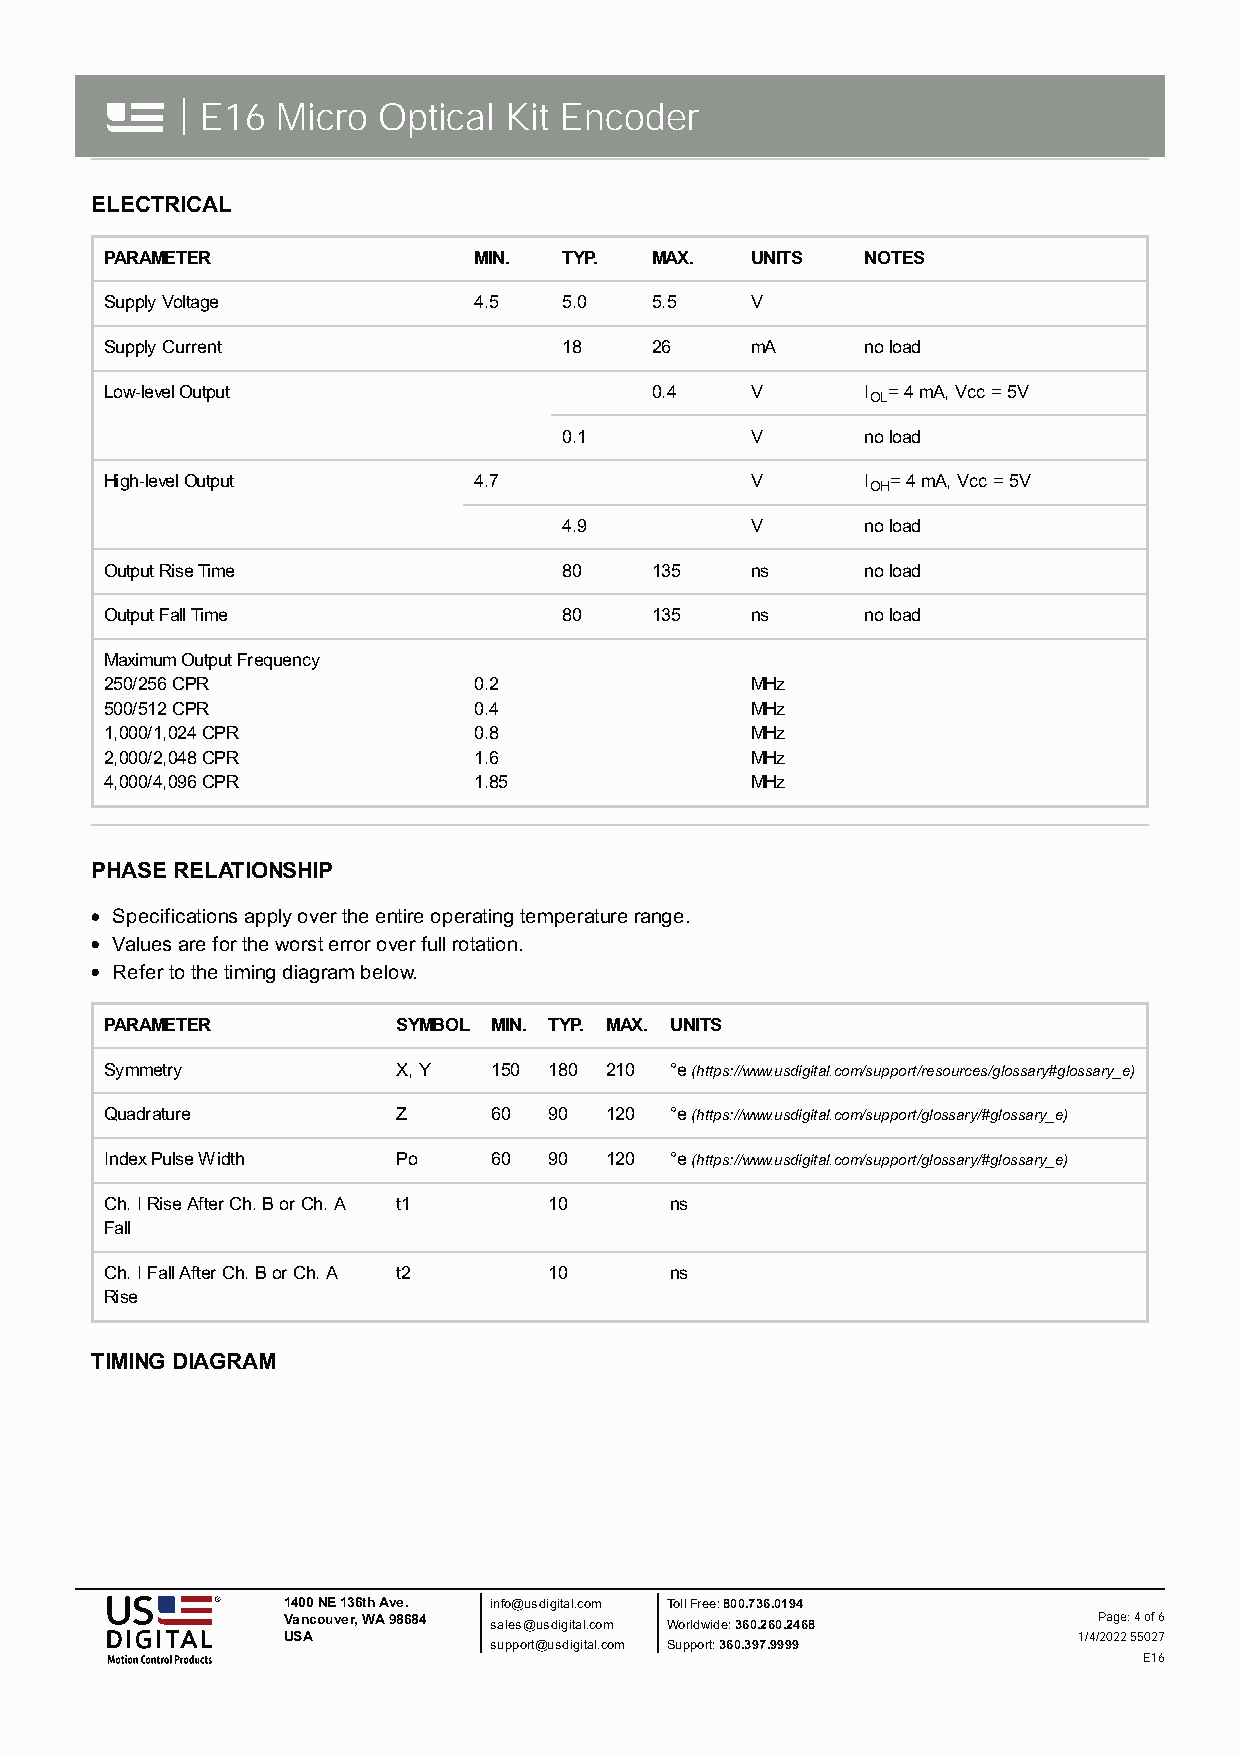
| E16 Micro  Optical Kit Encoder
 ELECTRICAL
 PARAMETER               MIN.  TYP.  MAX.   UNITS  NOTES
 Supply Voltage          4.5   5.0   5.5    V
 Supply Current                18    26     mA     no load
 Low-level Output                    0.4    V      I = 4 mA, Vcc = 5V
 OL
 0.1          V      no load
 High-level Output       4.7                V      I = 4 mA, Vcc = 5V
 OH
 4.9          V      no load
 Output Rise Time              80    135    ns     no load
 Output Fall Time              80    135    ns     no load
 Maximum Output Frequency
 250/256 CPR             0.2                MHz
 500/512 CPR             0.4                MHz
 1,000/1,024 CPR         0.8                MHz
 2,000/2,048 CPR         1.6                MHz
 4,000/4,096 CPR         1.85               MHz
 PHASE RELATIONSHIP
 Specifications apply over the entire operating temperature range.
 Values are for the worst error over full rotation.
 Refer to the timing diagram below.
 PARAMETER          SYMBOL MIN. TYP. MAX. UNITS
 Symmetry           X, Y  150 180 210 °e (https://www.usdigital.com/support/resources/glossary#glossary_e)
 Quadrature         Z     60  90  120 °e (https://www.usdigital.com/support/glossary/#glossary_e)
 Index Pulse Width  Po    60  90  120 °e (https://www.usdigital.com/support/glossary/#glossary_e)
 Ch. I Rise After Ch. B or Ch. A t1 10 ns
 Fall
 Ch. I Fall After Ch. B or Ch. A t2 10 ns
 Rise
 TIMING DIAGRAM
 1400 NE 136th Ave. info@usdigital.com Toll Free: 800.736.0194
 Vancouver, WA 98684 sales@usdigital.com Worldwide: 360.260.2468 Page: 4 of 6
 USA                                                 1/4/2022 55027
 support@usdigital.com Support: 360.397.9999
 E16